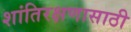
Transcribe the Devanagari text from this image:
शांतिरक्षणासाठी